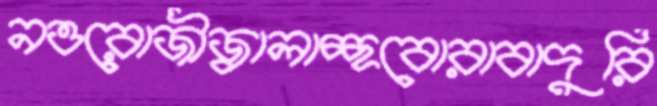
নওরোজীজ্বালাচ্ছবোরাবাদুরি